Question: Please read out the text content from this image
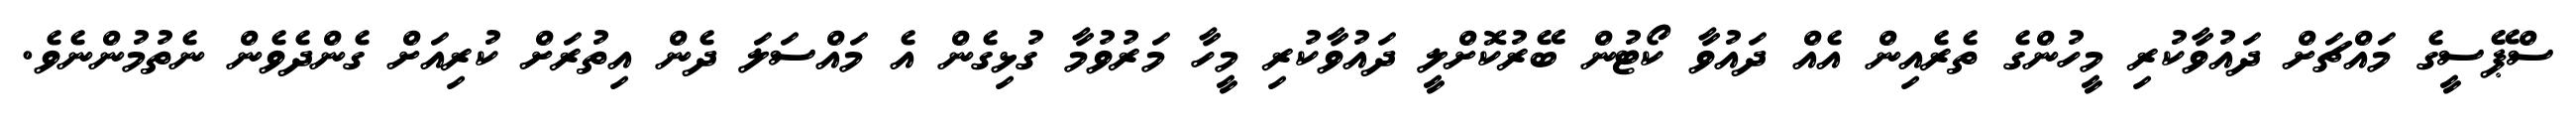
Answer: ސްޕޭސީގެ މައްޗަށް ދައުވާކުރި މީހުންގެ ތެރެއިން އެއް ދައުވާ ކޯޓުން ބޭރުކޮށްލީ ދައުވާކުރި މީހާ މަރުވުމާ ގުޅިގެން އެ މައްސަލަ ދެން އިތުރަށް ކުރިއަށް ގެންދެވެން ނެތުމުންނެވެ.